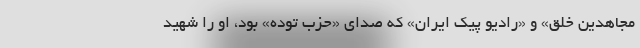
مجاهدین خلق» و «رادیو پیک ایران» که صدای «حزب توده» بود، او را شهید